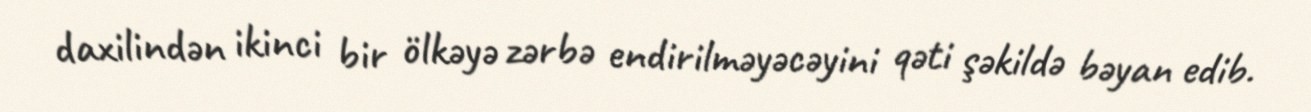
daxilindən ikinci bir ölkəyə zərbə endirilməyəcəyini qəti şəkildə bəyan edib.